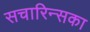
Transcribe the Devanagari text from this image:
सचारिन्सका